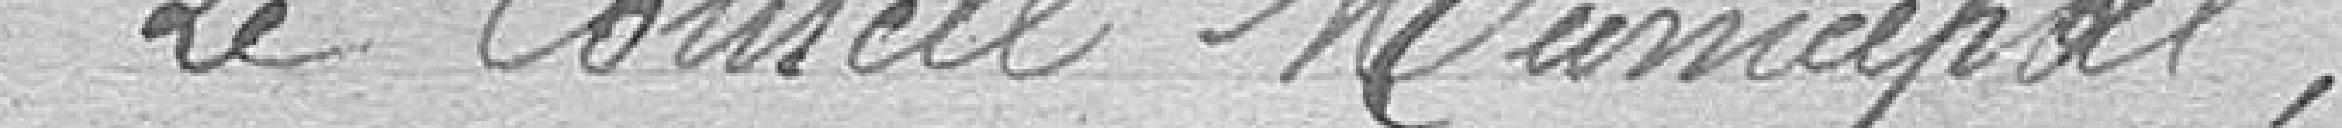
Le Conseil Municipal,